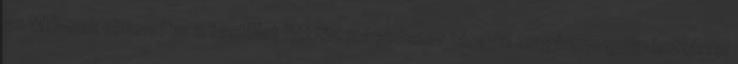
az MTI-nek elmondta: a testület hétfőn másodszor tárgyal magánnyugdíjpénztárral